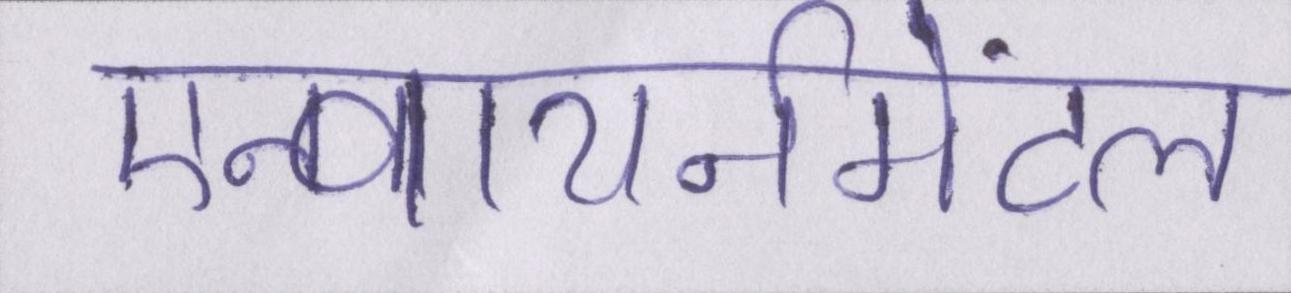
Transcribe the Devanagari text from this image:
एन्वायर्नमेंटल